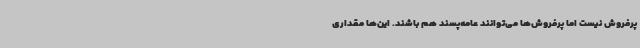
پرفروش نیست اما پرفروش‌ها می‌توانند عامه‌پسند هم باشند. این‌ها مقداری